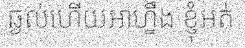
ឆ្ងល់ហើយអាហ្នឹង ខ្ញុំអត់